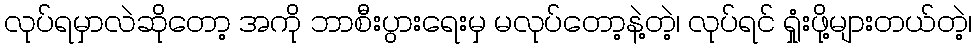
လုပ်ရမှာလဲဆိုတော့ အကို ဘာစီးပွားရေးမှ မလုပ်တော့နဲ့တဲ့၊ လုပ်ရင် ရှုံးဖို့များတယ်တဲ့၊